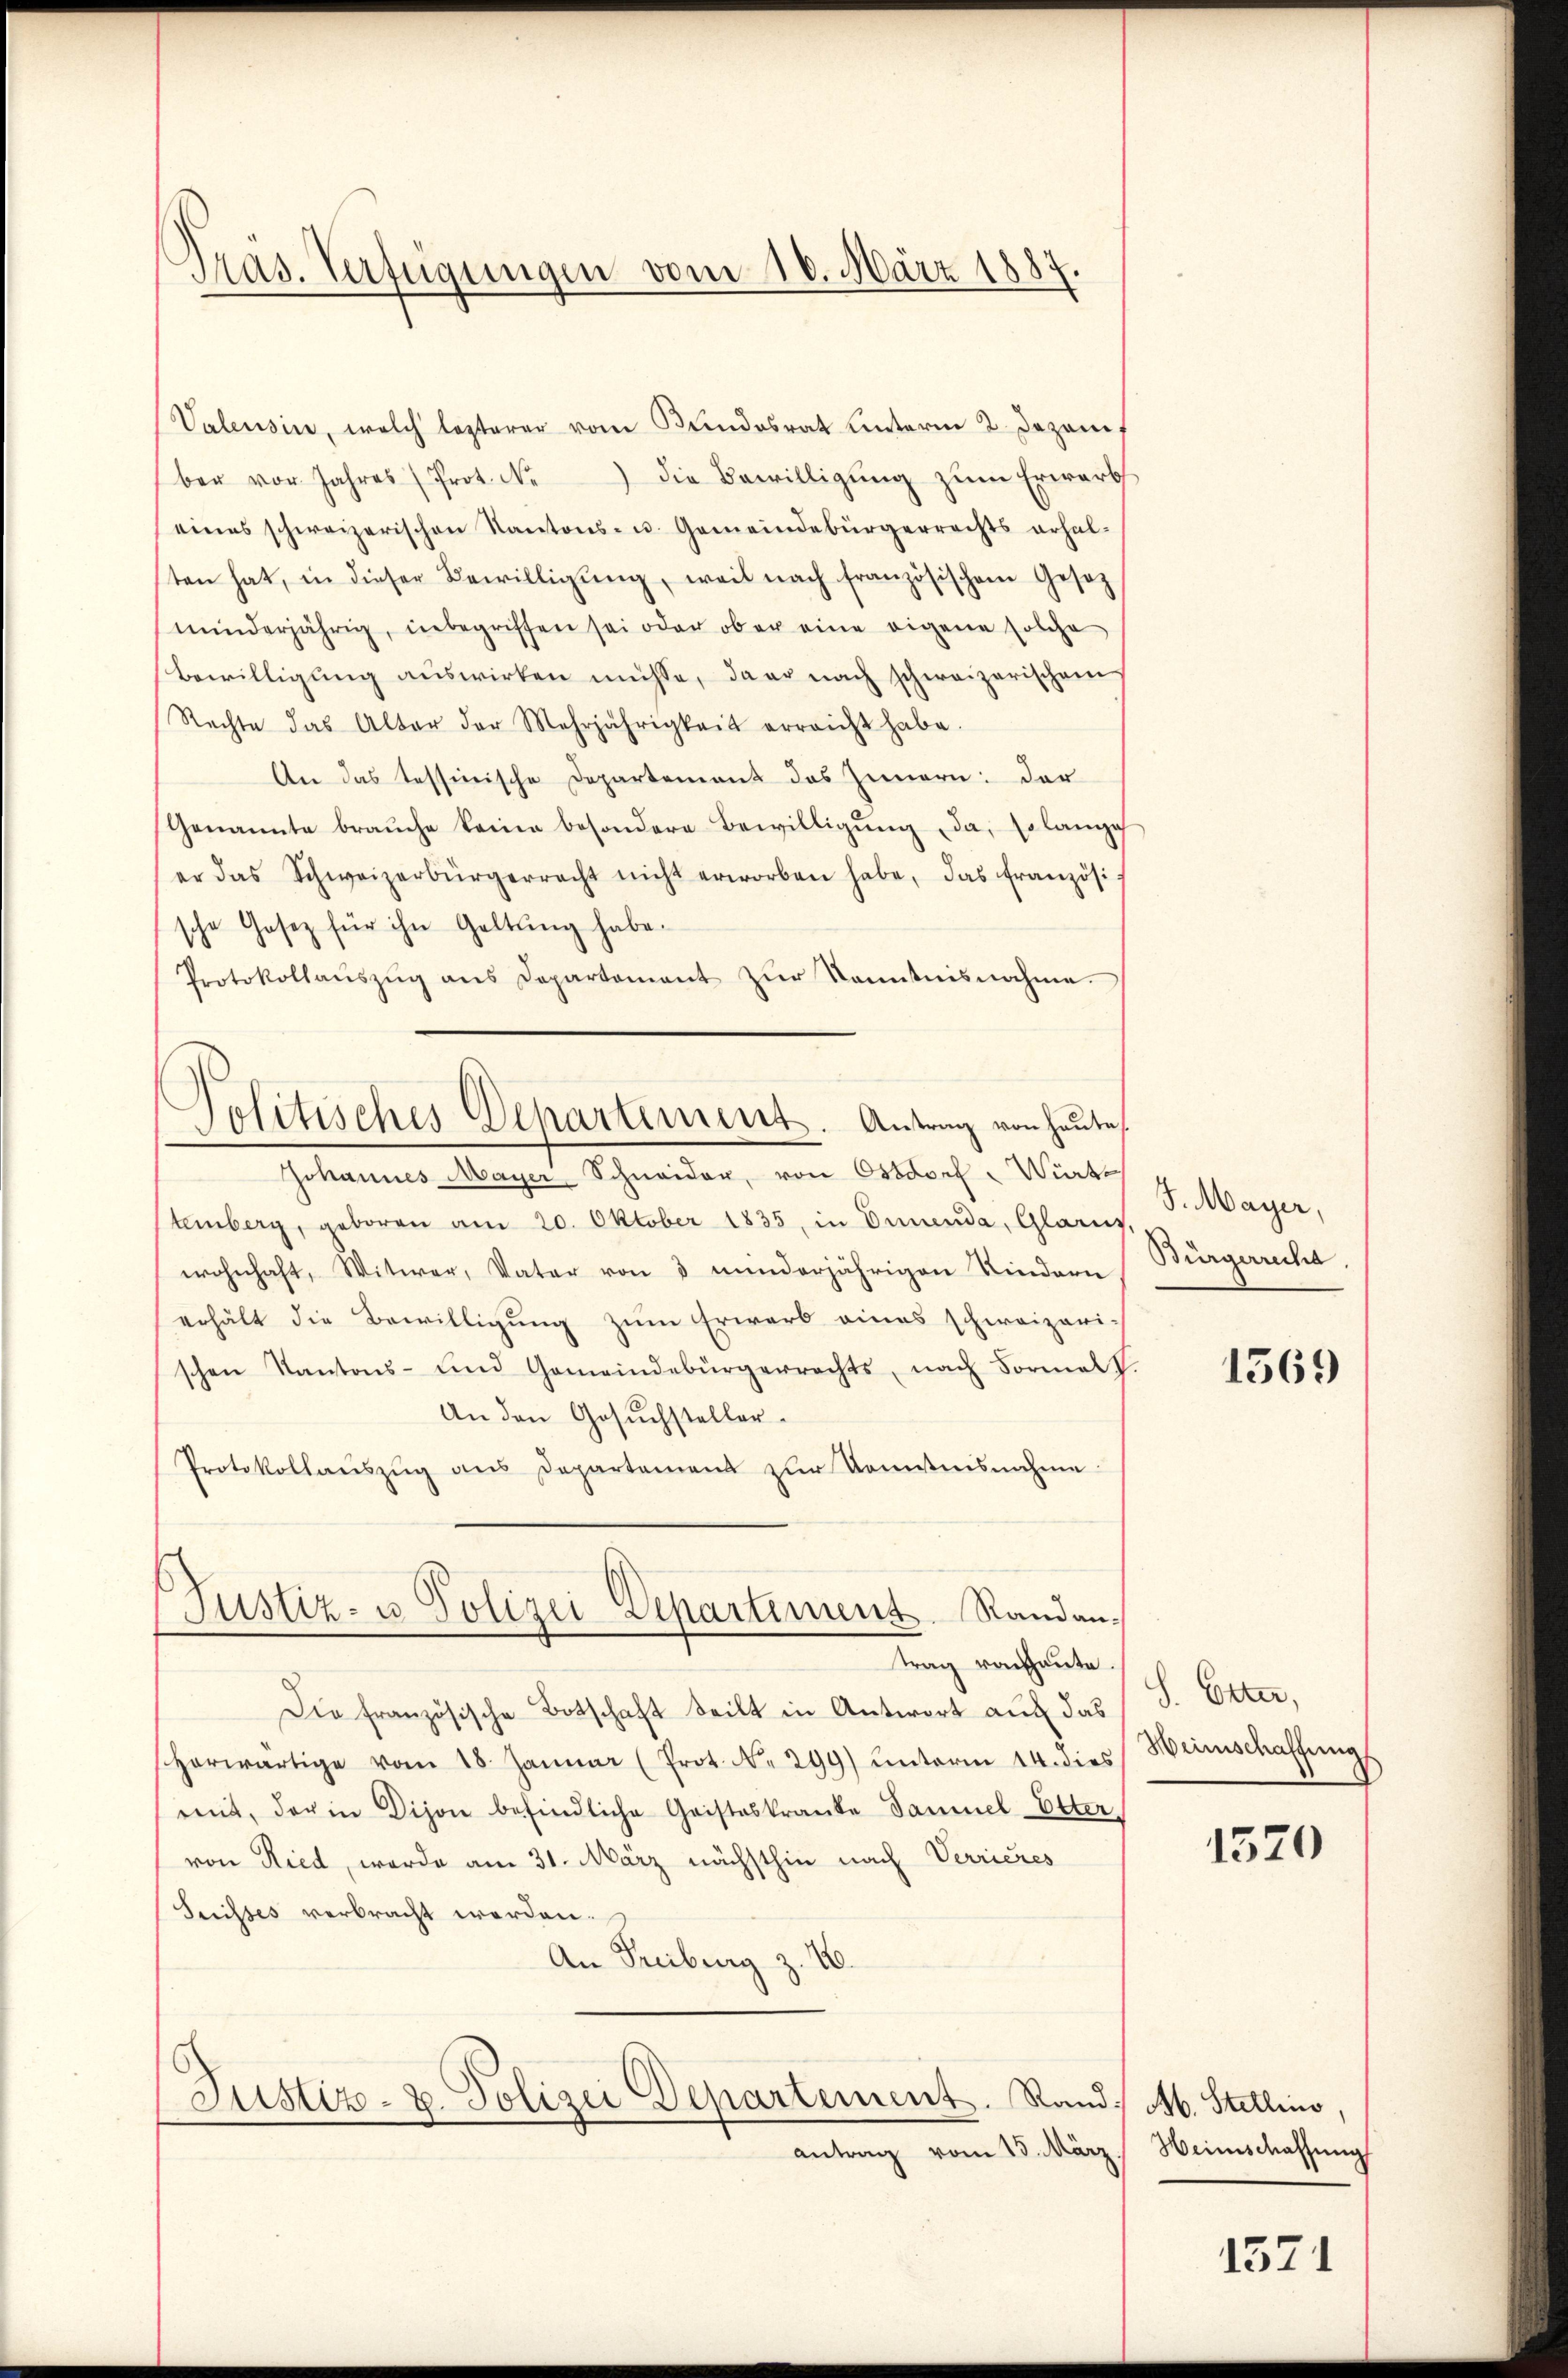
Präs. Verfügungen vom 16. März 1887.

Politisches Departement. Antrag von heute,

Valensin, welch lezterer vom Kundesrat unterm 2. Dezem
ber vor Jahres (Prot. N. die Bewilligŭng zŭm Erwarb
eines schweizerischen Kantons- u. Gemeindebürgerrechts erhal-
ten hat, in dieser Bewilligŭng, weil nach französischem Gesetz
minderjährig, inbegriffen sei oder ober eine eigene solche
Bewilligŭng auswirken müsse, da er nach schweizerischen
Rechte das Alter der Mehrjährigkeit erreicht habe.
An das tessinische Departement des Innern: der
Genannte braŭche keine besondere Bewilligŭng da, so lange
er das Schweizerbürgerrecht nicht erworben habe, das französi-
sche Gesetz für ihn Geltung habe.
Protokollaŭszŭg ans Departament zŭr Kenntnisnahme.
Johannes Mayer Schneider, von Ostdorf Würte
temberg, geboren am 20. Oktober 1835, in Innenda, Glarz,
wohnhaft, Witwer, Vater von 3 minderjährigen Kindern
erhält die Bewilligung zum Erwarb eines schweizeri-
schen Kantons- und Gemeindebürgerrechts, nach Formel
An den Gesŭchsteller.
Protokollaŭszŭg aŭs Departement zŭr Kenntnisnahme
Justiz- u. Polizei-Departement Randantrag von aute.
Die französische Botschaft teilt in Antwort auf das
herwärtige vom 18. Januar (Prot. N. 299) unterm 14. dies
mit, der in Dison befindliche Cristeskranke Samuel Elter
von Ried, werde am 31. März nächsthin nach Verrieres
Suisses verbracht werden.
An Freiburg z. 10.

Justiz- u. Polizei Departement. Rand M. Stellino,

antrag vom 15. März.

J. Mayer,
Bürgerreche

1569

.
S. Etter,
Heinschaffung

1520

Heimschaffung

1571